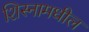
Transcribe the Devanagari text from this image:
शिस्नामधील